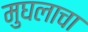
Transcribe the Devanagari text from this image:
मुघलाचा